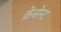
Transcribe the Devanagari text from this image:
क्रेसेन्ट